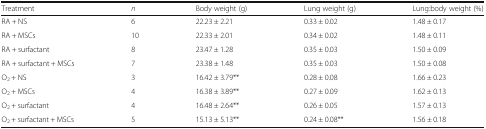
| Treatment | n | Body weight (g) | Lung weight (g) | Lung:body weight (%) |
 | --- | --- | --- | --- | --- |
 | RA + NS | 6 | 22.23 ± 2.21 | 0.33 ± 0.02 | 1.48 ± 0.17 |
 | RA + MSCs | 10 | 22.33 ± 2.01 | 0.34 ± 0.02 | 1.48 ± 0.11 |
 | RA + surfactant | 8 | 23.47 ± 1.28 | 0.35 ± 0.03 | 1.50 ± 0.09 |
 | RA + surfactant + MSCs | 7 | 23.38 ± 1.48 | 0.35 ± 0.03 | 1.50 ± 0.08 |
 | O2 + NS | 3 | 16.42 ± 3.79** | 0.28 ± 0.08 | 1.66 ± 0.23 |
 | O2 + MSCs | 4 | 16.38 ± 3.89** | 0.27 ± 0.09 | 1.62 ± 0.13 |
 | O2 + surfactant | 4 | 16.48 ± 2.64** | 0.26 ± 0.05 | 1.57 ± 0.13 |
 | O2 + surfactant + MSCs | 5 | 15.13 ± 5.13** | 0.24 ± 0.08** | 1.56 ± 0.18 |